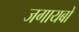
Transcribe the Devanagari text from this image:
जगायबो